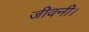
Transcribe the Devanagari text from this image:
जीवनी।